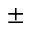
\pm